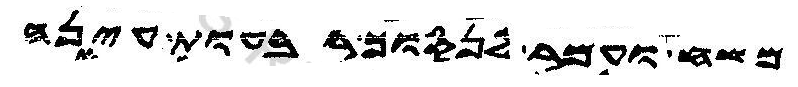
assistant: משח ועמר לנסוך רבעות עינה